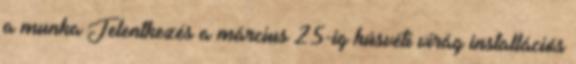
a munka Jelentkezés a március 25-ig húsvéti virág installációs